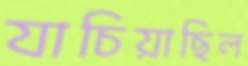
যাচিয়াছিল